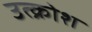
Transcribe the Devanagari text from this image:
उत्क्रोश